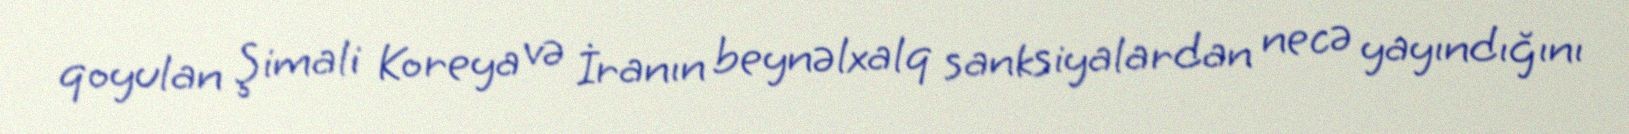
qoyulan Şimali Koreya və İranın beynəlxalq sanksiyalardan necə yayındığını